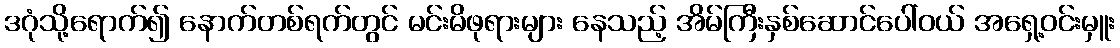
ဒဂုံသို့ရောက်၍ နောက်တစ်ရက်တွင် မင်းမိဖုရားများ နေသည့် အိမ်ကြီးနှစ်ဆောင်ပေါ်ဝယ် အရှေ့ဝင်းမှူး